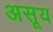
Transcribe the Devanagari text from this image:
असूय